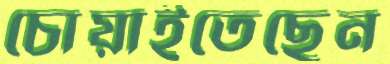
চোয়াইতেছেন